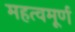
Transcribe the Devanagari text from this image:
महत्वमूर्ण